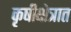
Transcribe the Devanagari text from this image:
कृषीक्षेत्रात